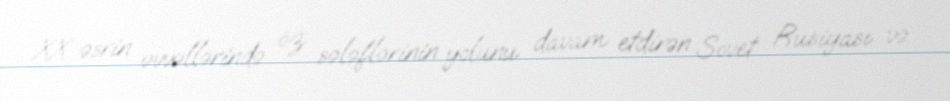
XX əsrin əvvəllərində öz sələflərinin yolunu davam etdirən Sovet Rusiyası və